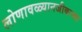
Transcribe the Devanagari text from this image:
लोणावळ्यानजीकच्या